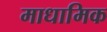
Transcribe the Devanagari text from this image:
माधामिक